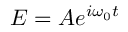
E = A e ^ { i \omega _ { 0 } { t } }